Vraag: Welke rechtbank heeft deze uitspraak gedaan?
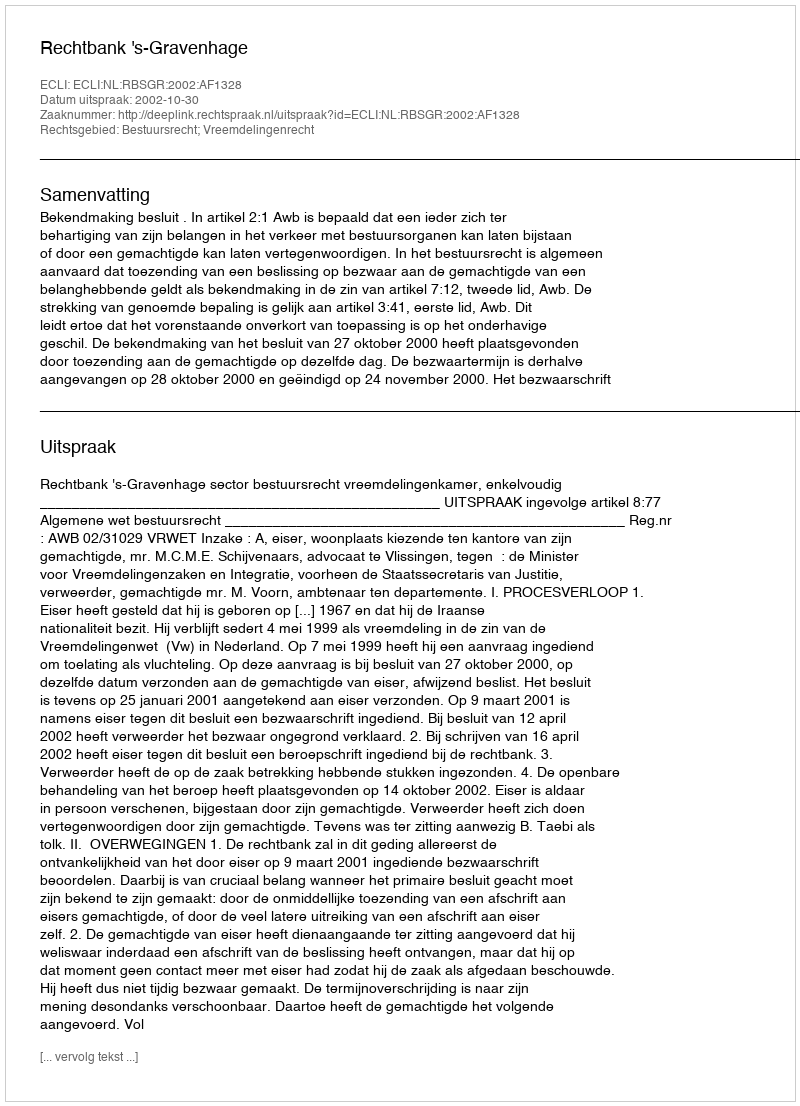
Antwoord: Rechtbank 's-Gravenhage